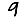
Digit: 9